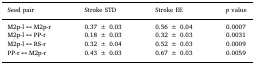
| Seed pair | Stroke STD | Stroke EE | p value |
 | --- | --- | --- | --- |
 | M2p-l ↔ M2p-r | 0.37 ± 0.03 | 0.56 ± 0.04 | 0.0007 |
 | M2p-l ↔ PP-r | 0.18 ± 0.03 | 0.32 ± 0.03 | 0.0031 |
 | M2p-l ↔ RS-r | 0.32 ± 0.04 | 0.52 ± 0.03 | 0.0009 |
 | PP-r ↔ M2p-r | 0.43 ± 0.03 | 0.67 ± 0.03 | 0.0059 |